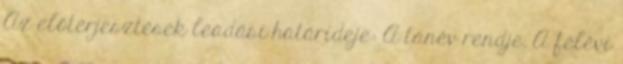
Az előterjesztések leadási határideje: A tanév rendje. A félévi